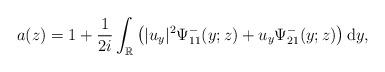
LaTeX: \begin{align*}a(z)=1+\frac{1}{2i} \int_{\mathbb{R}}\left(|u_y|^2 \Psi^-_{11}(y;z)+u_y \Psi^-_{21}(y;z)\right) \mathrm{d}y,\end{align*}